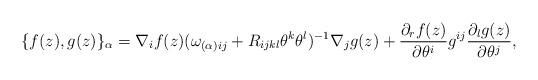
LaTeX: \begin{align*}\{f(z) , g(z)\}_{\alpha}= \nabla_{i}f(z)(\omega_{(\alpha ) ij}+ R_{ijkl}\theta^{k}\theta^{l})^{-1}\nabla_{j}g(z) +\frac{\partial_{r}f(z)}{\partial \theta^i}g^{ij}\frac{\partial_{l}g(z)}{\partial \theta^j},\end{align*}